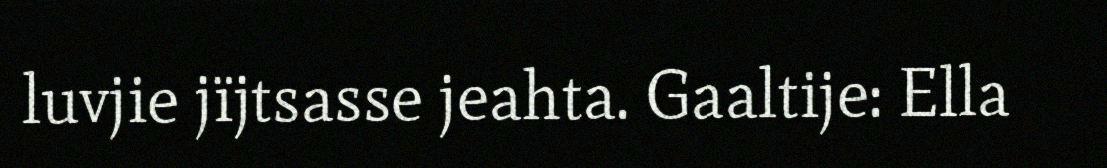
luvjie jïjtsasse jeahta. Gaaltije: Ella